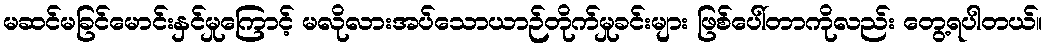
မဆင်မခြင်မောင်းနှင်မှုကြောင့် မလိုလားအပ်သောယာဉ်တိုက်မှုခင်းများ ဖြစ်ပေါ်တာကိုလည်း တွေ့ရပါတယ်။